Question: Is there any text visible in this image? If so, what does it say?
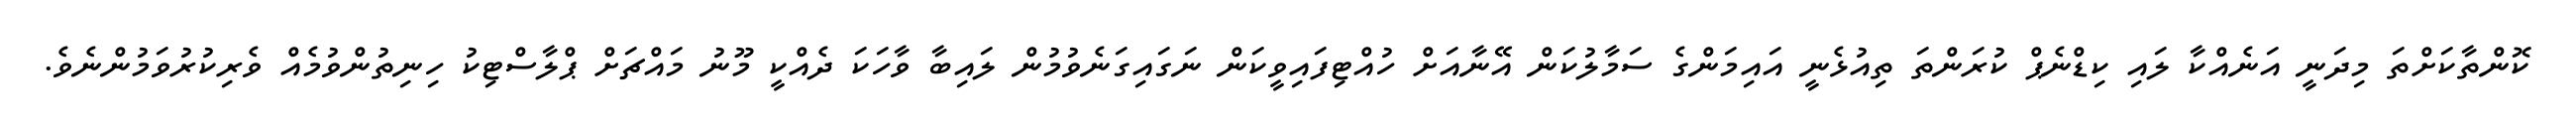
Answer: ކޮންތާކަށްތަ މިދަނީ އަނެއްކާ ލައި ކިޑްނެޕް ކުރަންތަ ތިއުޅެނީ އައިމަންގެ ސަމާލުކަން އޭނާއަށް ހުއްޓިފައިވީކަން ނަގައިގަނެވުމުން ލައިބާ ވާހަކަ ދެއްކީ މޫނު މައްޗަށް ޕްލާސްޓިކު ހިނިތުންވުމެއް ވެރިކުރުވަމުންނެވެ.